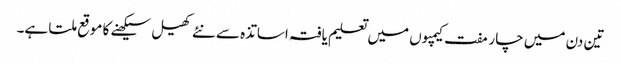
تین دن میں چار مفت کیمپوں میں تعلیم یافتہ اساتذہ سے نئے کھیل سیکھنے کا موقع ملتا ہے۔